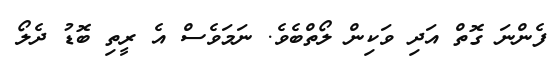
ފެންނަ ގޮތް އަދި ވަކިން ލޯތްބެވެ. ނަމަވެސް އެ ރީތި ބޮޑު ދެލޯ